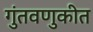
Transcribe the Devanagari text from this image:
गुंतवणुकीत